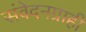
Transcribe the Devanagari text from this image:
संवेदनग्राही